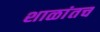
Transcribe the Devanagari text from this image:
शाळांतच